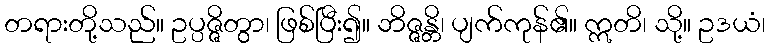
တရားတို့သည်။ ဥပ္ပဇ္ဇိတွာ၊ ဖြစ်ပြီး၍။ ဘိဇ္ဇန္တိ၊ ပျက်ကုန်၏။ ဣတိ၊ သို့။ ဥဒယံ၊